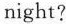
night?